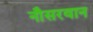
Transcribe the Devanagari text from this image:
नौसरवान